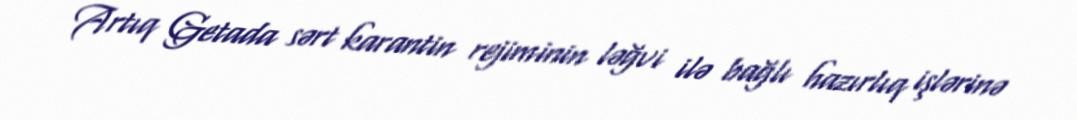
Artıq Getada sərt karantin rejiminin ləğvi ilə bağlı hazırlıq işlərinə